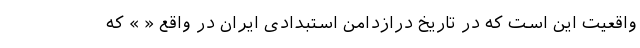
واقعیت این است که در تاریخ دراز‌دامن استبدادی ایران در واقع « » که